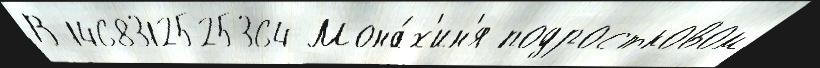
В 1468312525364 Мона́х'ин'я подростковом